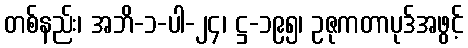
တစ်နည်း၊ အဘိ-၁-ပါ-၂၄၊ ဋ္ဌ-၁၉၅၊ ဥဇုကတာပုဒ်အဖွင့်